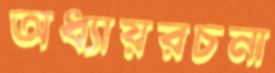
অধ্যায়রচনা